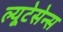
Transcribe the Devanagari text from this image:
ल्यूटेसेन्स